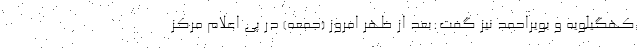
کهگیلویه و بویراحمد نیز گفت:بعد از ظهر امروز (جمعه) در پی اعلام مرکز